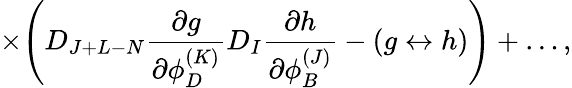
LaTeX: \times\Biggl(D_{J+L-N}{\frac{\partial g}{\partial\phi_{D}^{(K)}}}D_{I}{\frac{\partial h}{\partial\phi_{B}^{(J)}}}-(g\leftrightarrow h)\Biggr)+\ldots,